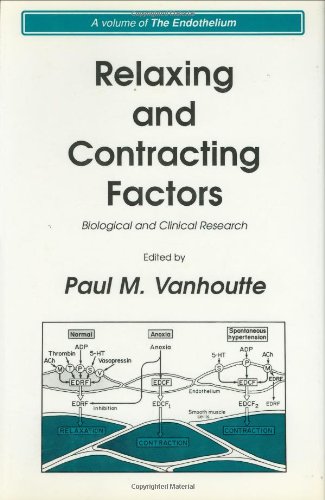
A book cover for Relaxing and Contracting Factors: Biological and Clinical Research (The Endothelium); Paul M. Vanhoutte; Medical Books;